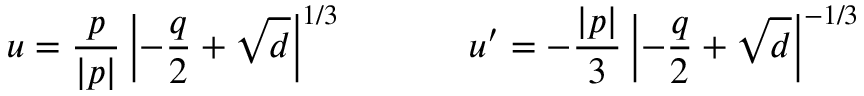
u = \frac { p } { | p | } \left| - \frac { q } { 2 } + \sqrt { d } \right| ^ { 1 / 3 } \ \ \ \ \ \ \ \ \ \ u ^ { \prime } = - \frac { | p | } { 3 } \left| - \frac { q } { 2 } + \sqrt { d } \right| ^ { - 1 / 3 }